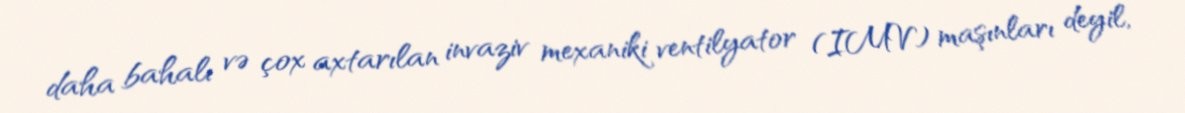
daha bahalı və çox axtarılan invaziv mexaniki ventilyator (IMV) maşınları deyil,